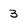
Character: 3